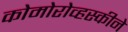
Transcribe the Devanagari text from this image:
कोमोरोव्हस्कीने